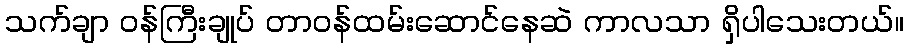
သက်ချာ ဝန်ကြီးချုပ် တာဝန်ထမ်းဆောင်နေဆဲ ကာလသာ ရှိပါသေးတယ်။